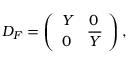
D _ { F } = \left( \begin{array} { l l } { { Y } } & { { 0 } } \\ { { 0 } } & { { \overline { { { Y } } } } } \end{array} \right) ,